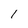
Character: 1